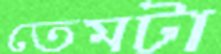
তেমটা